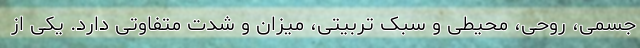
جسمی، روحی، محیطی و سبک تربیتی، میزان و شدت متفاوتی دارد. یکی از